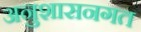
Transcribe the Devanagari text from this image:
अनुशासनगत